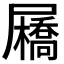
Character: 𡳯